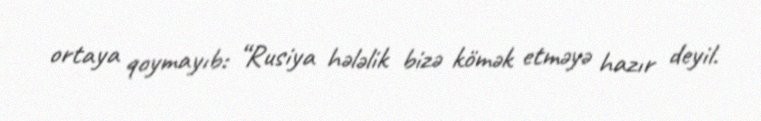
ortaya qoymayıb: “Rusiya hələlik bizə kömək etməyə hazır deyil.